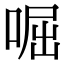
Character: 啒